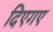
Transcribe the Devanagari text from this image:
दिएगए